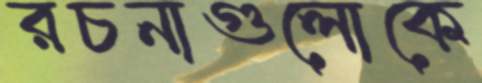
রচনাগুলোকে